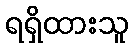
ရရှိထားသူ